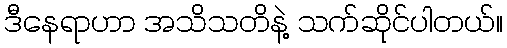
ဒီနေရာဟာ အသိသတိနဲ့ သက်ဆိုင်ပါတယ်။